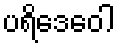
ပရိဒေဝေါ